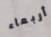
أربعاء